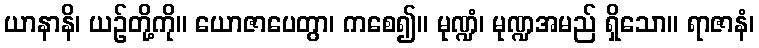
ယာနာနိ၊ ယဉ်တို့ကို။ ယောဇာပေတွာ၊ ကစေ၍။ မုဏ္ဍံ၊ မုဏ္ဍအမည် ရှိသော။ ရာဇာနံ၊